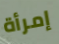
إمرأة